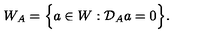
W _ { A } = \Big \{ a \in W : { \cal { D } } _ { A } a = 0 \Big \} .